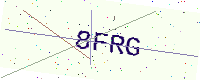
Text: 8FRG